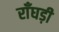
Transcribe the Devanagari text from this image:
राँघड़ी